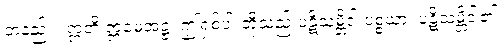
တနည်း။ ဣတိ ဣမေအဋ္ဌ၊ ဤရှစ်ပါးတို့သည် ပဋိသမ္ဘိဒါ ပစ္စယာ၊ ပဋိသမ္ဘိဒါ၏